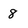
Character: 8